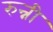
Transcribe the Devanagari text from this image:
रुन्नी